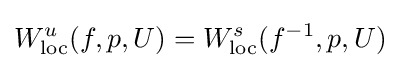
W_{\mathrm {loc} }^{u}(f,p,U)=W_{\mathrm {loc} }^{s}(f^{-1},p,U)